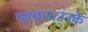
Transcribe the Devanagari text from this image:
पहचान।उनके